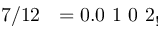
7 / 1 2 \ \ = 0 . 0 \ 1 \ 0 \ 2 _ { ! }